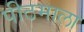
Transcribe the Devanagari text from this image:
पीठमाला